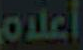
أعلام